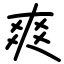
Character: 爽